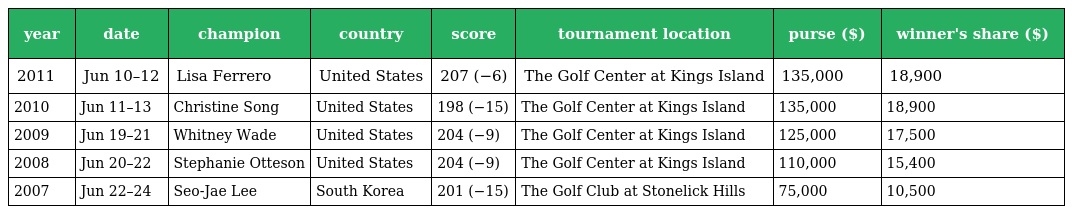
| year | date | champion | country | score | tournament location | purse ($) | winner's share ($) |
 | --- | --- | --- | --- | --- | --- | --- | --- |
 | 2011 | Jun 10–12 | Lisa Ferrero | United States | 207 (−6) | The Golf Center at Kings Island | 135,000 | 18,900 |
 | 2010 | Jun 11–13 | Christine Song | United States | 198 (−15) | The Golf Center at Kings Island | 135,000 | 18,900 |
 | 2009 | Jun 19–21 | Whitney Wade | United States | 204 (−9) | The Golf Center at Kings Island | 125,000 | 17,500 |
 | 2008 | Jun 20–22 | Stephanie Otteson | United States | 204 (−9) | The Golf Center at Kings Island | 110,000 | 15,400 |
 | 2007 | Jun 22–24 | Seo-Jae Lee | South Korea | 201 (−15) | The Golf Club at Stonelick Hills | 75,000 | 10,500 |